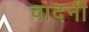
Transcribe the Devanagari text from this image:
वादनी